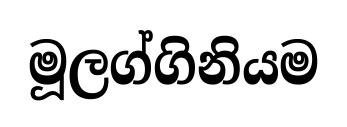
මූලග්ගිනියම